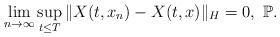
\begin{align*}\lim_{n\rightarrow\infty}\sup_{t\leq T}\Vert X(t, x_n)-X(t, x)\Vert_H = 0, \ \mathbb{P} .\end{align*}